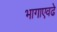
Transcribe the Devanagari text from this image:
भागाएवढे